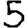
Digit: 5